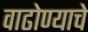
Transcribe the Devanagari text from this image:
वाढोण्याचे